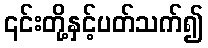
၎င်းတို့နှင့်ပတ်သက်၍